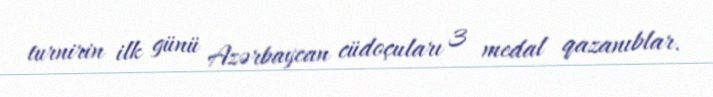
turnirin ilk günü Azərbaycan cüdoçuları 3 medal qazanıblar.